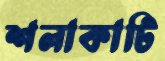
শলাকাটি